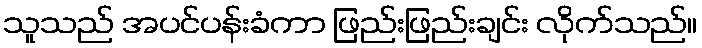
သူသည် အပင်ပန်းခံကာ ဖြည်းဖြည်းချင်း လိုက်သည်။